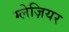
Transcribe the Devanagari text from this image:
ग्लेज़ियर